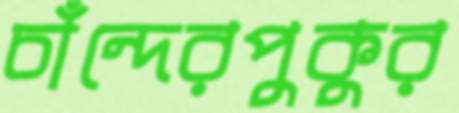
চাঁন্দেরপুকুর